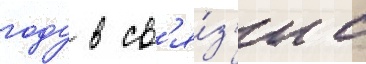
году в св'я́з'и с